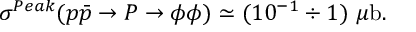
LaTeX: \sigma ^ { P e a k } ( p \bar { p } \to P \to \phi \phi ) \simeq ( 1 0 ^ { - 1 } \div 1 ) ~ \mu \mathrm { b } .